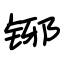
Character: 铘